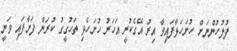
ފުލުހުންނަށް ހުށަހަޅާފައިވާ އިރު އޭގެކުރީ އަހަރު ހުށަހެޅި ތަހުގީގު ކުރަން ފަށާފައި ވަނީ